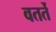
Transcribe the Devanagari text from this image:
वतर्ते